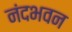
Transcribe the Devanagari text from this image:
नंदभवन